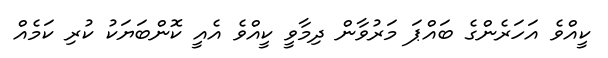
ކީއްވެ އަހަރެންގެ ބައްޕަ މަރުވާން ދިމާވީ ކީއްވެ އެއީ ކޮންބަޔަކު ކުރި ކަމެއް